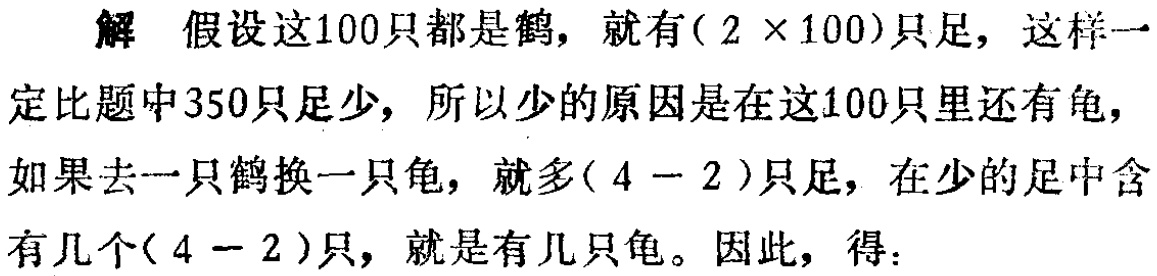
解 假设这100只都是鹤，就有\((2\times100)\)只足，这样一定比题中350只足少，所以少的原因是在这100只里还有龟，如果去一只鹤换一只龟，就多\((4 - 2)\)只足，在少的足中含有几个\((4 - 2)\)只，就是有几只龟。因此，得：